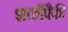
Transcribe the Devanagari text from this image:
शक्तींपैकी